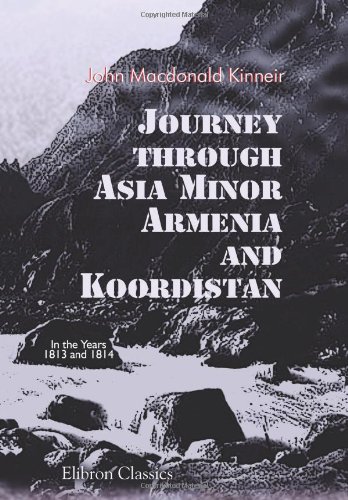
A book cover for Journey through Asia Minor, Armenia, and Koordistan, in the Years 1813 and 1814: With Remarks on the Marches of Alexander, and Retreat of the Ten Thousand; John Macdonald Kinneir; Travel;